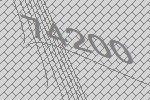
74200